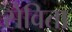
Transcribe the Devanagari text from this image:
सेविता